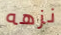
نزهه